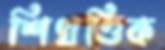
শিখণ্ডিক